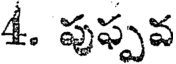
4. పుఫ్పవ